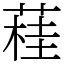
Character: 蓕